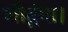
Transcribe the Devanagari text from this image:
लौटूंगा।